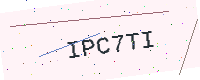
Text: IPC7TI